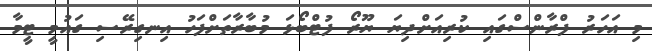
މި އަހަރު ފްރާންސްގައި ކުރިއަށްދިޔަ ޔޫރޯ ފުޓްބޯޅަ މުބާރާތަށްފަހު އިނގިރޭސި ގައުމީ ޓީމާ